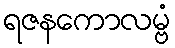
ရဇနကောလမ္ဗံ